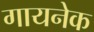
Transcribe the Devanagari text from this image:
गायनेक